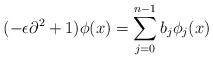
LaTeX: \begin{align*}(-\epsilon \partial^2 + 1) \phi(x) = \sum _{j = 0} ^{n-1} b_j \phi_j(x)\end{align*}